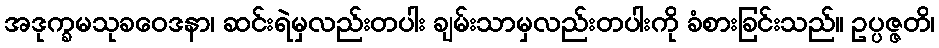
အဒုက္ခမသုခဝေဒနာ၊ ဆင်းရဲမှလည်းတပါး ချမ်းသာမှလည်းတပါးကို ခံစားခြင်းသည်။ ဥပ္ပဇ္ဇတိ၊